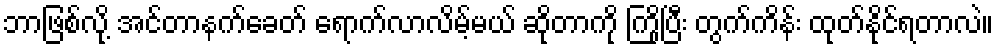
ဘာဖြစ်လို့ အင်တာနက်ခေတ် ရောက်လာလိမ့်မယ် ဆိုတာကို ကြိုပြီး တွက်ကိန်း ထုတ်နိုင်ရတာလဲ။